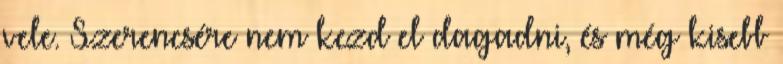
vele. Szerencsére nem kezd el dagadni, és még kisebb